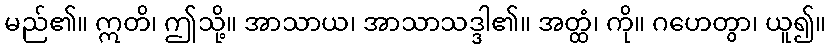
မည်၏။ ဣတိ၊ ဤသို့။ အာသာယ၊ အာသာသဒ္ဒါ၏။ အတ္ထံ၊ ကို။ ဂဟေတွာ၊ ယူ၍။